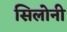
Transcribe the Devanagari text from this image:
सिलोनी